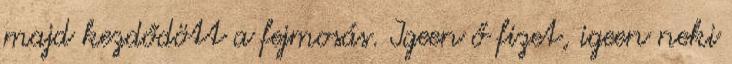
majd kezdődött a fejmosás. Igeen ő fizet, igeen neki